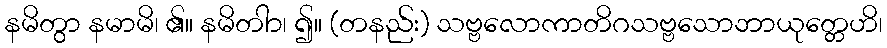
နမိတွာ နမာမိ၊ ၏။ နမိတါာ၊ ၍။ (တနည်း) သဗ္ဗလောကာတိဂသဗ္ဗသောဘာယုတ္တေဟိ၊